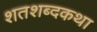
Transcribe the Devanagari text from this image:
शतशब्दकथा